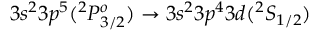
3 s ^ { 2 } 3 p ^ { 5 } ( ^ { 2 } P _ { 3 / 2 } ^ { o } ) \rightarrow 3 s ^ { 2 } 3 p ^ { 4 } 3 d ( ^ { 2 } S _ { 1 / 2 } )